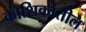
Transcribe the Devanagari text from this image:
कोशिकांतील